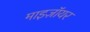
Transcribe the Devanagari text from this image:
माइज़ॉयर